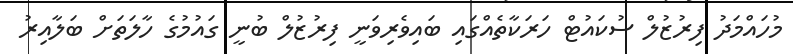
މުހައްމަދު ފިރުޒުލް ސުކައުޓް ހަރަކާތެއްގައި ބައިވެރިވަނީ ފިރުޒުލް ބުނީ ގައުމުގެ ހާލަތަށް ބަލާއިރު